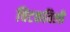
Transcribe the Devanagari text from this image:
चिटकविली